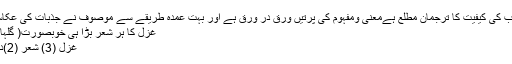
یہ ایک جذب کی کیفیت کا ترجمان مطلع ہےمعنی ومفہوم کی پرتیں ورق در ورق ہے اور بہت عمدہ طریقے سے موصوف نے جذبات کی عکاسی کی ہے
غزل کا ہر شعر بڑا ہی خوبصورت( گلہاۓ عقیدت)
غزل (3) شعر (2)دستورغزل!